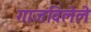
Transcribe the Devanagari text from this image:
गाजविलेले